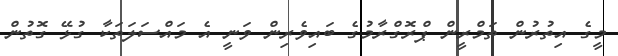
މީގެ އިތުރުން ތަމްރީން ޕްރޮގްރާމުގެ ބައިވެރިން ވަނީ އެ މައްސަލަތަކާ ގުޅޭ ގޮތުން